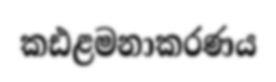
කඪළමනාකරණය